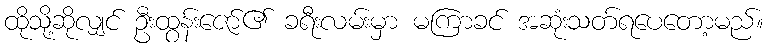
ထိုသို့ဆိုလျှင် ဦးထွန်းဇော်၏ ခရီးလမ်းမှာ မကြာခင် အဆုံးသတ်ရပေတော့မည်။